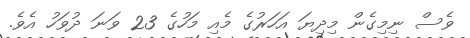
ވެސް ނިމިގެން މިދިޔަ އަހަރުގެ މެއި މަހުގެ 23 ވަނަ ދުވަހު އެވެ.